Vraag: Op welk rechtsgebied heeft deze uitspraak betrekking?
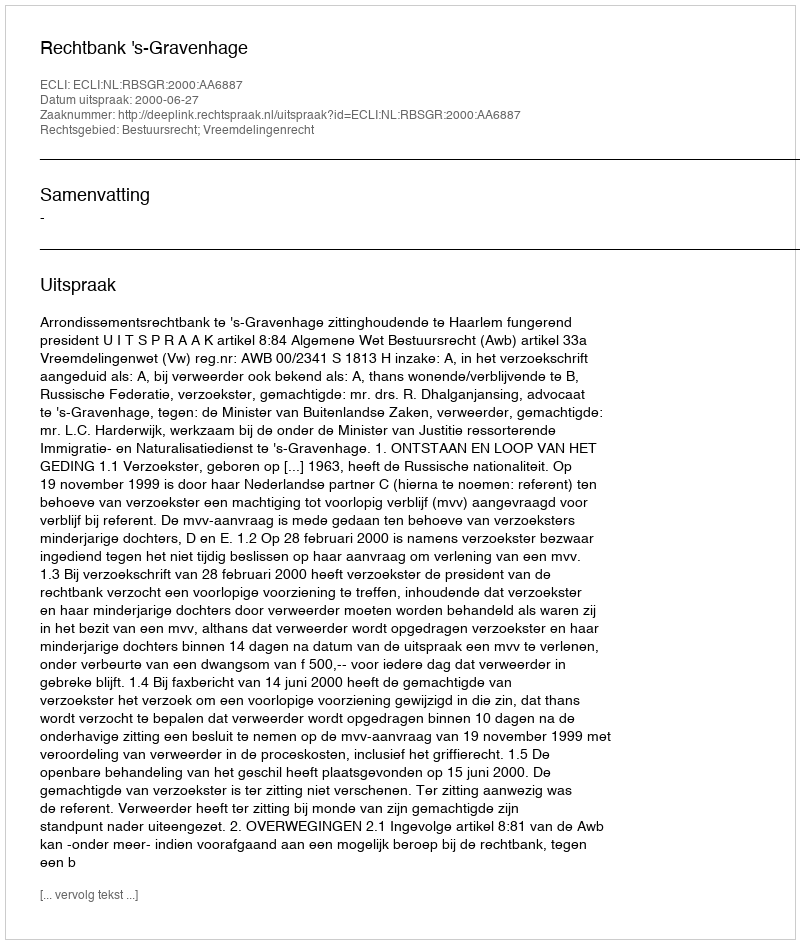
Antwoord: Bestuursrecht; Vreemdelingenrecht